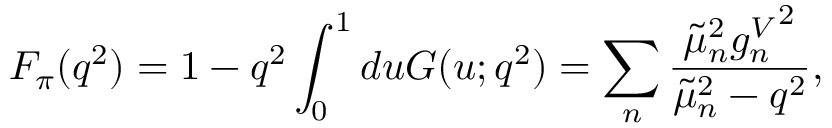
F _ { \pi } ( q ^ { 2 } ) = 1 - q ^ { 2 } \int _ { 0 } ^ { 1 } d u G ( u ; q ^ { 2 } ) = \sum _ { n } \frac { \tilde { \mu } _ { n } ^ { 2 } { g _ { n } ^ { V } } ^ { 2 } } { \tilde { \mu } _ { n } ^ { 2 } - q ^ { 2 } } ,